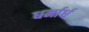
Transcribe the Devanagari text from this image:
धर्मार्ध